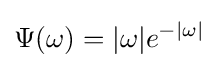
\Psi (\omega )=|\omega |e^{-|\omega |}